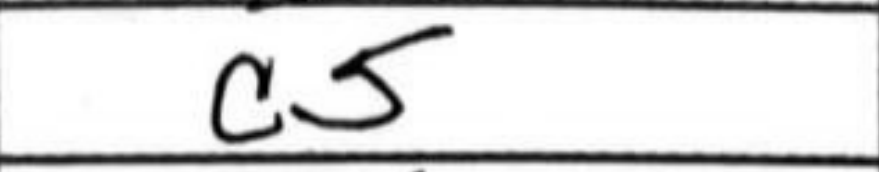
Transcription: c5